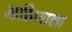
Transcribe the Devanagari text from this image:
उडविण्याला